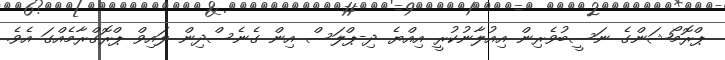
ޕްރޮމޯޝަންގެ ނަސީބުވެރިން އިއުލާނުކުރީ އިއްޔެ ދި-ޕްލަސް އިން ގެނެސްދިން ލައިވް ޕްރޮގްރާމެއްގަ އެވެ.